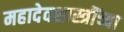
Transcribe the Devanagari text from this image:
महादेवशास्त्रींच्या